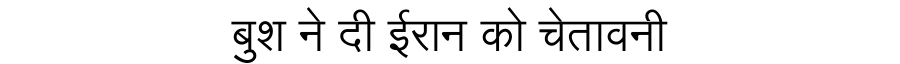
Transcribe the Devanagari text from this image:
बुश ने दी ईरान को चेतावनी